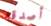
أصدقه